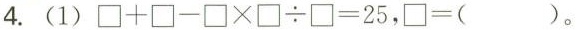
4.（1）$$\Box + \Box - \Box \times \Box \div \Box = 2 5$$，$$\Box = （）$$。